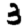
Digit: 3